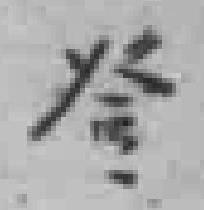
登